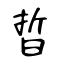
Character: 晢